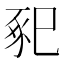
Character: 𢁁